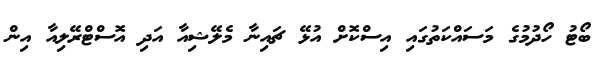
ބޯޓު ހޯދުމުގެ މަސައްކަތުގައި އިސްކޮށް އުޅޭ ޗައިނާ މެލޭޝިއާ އަދި އޮސްޓްރޭލިއާ އިން